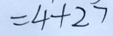
= 4 + 2 7